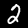
Digit: 2